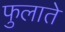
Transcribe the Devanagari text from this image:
फुलाते